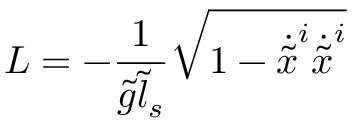
{ \cal L } = - \frac { 1 } { \tilde { g } \tilde { l } _ { s } } \sqrt { 1 - \dot { \tilde { x } } ^ { i } \dot { \tilde { x } } ^ { i } }